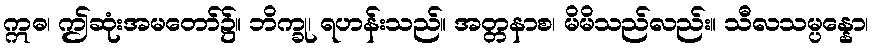
ဣဓ၊ ဤဆုံးအမတော်၌။ ဘိက္ခု၊ ရဟန်းသည်။ အတ္တနာစ၊ မိမိသည်လည်း။ သီလသမ္ပန္နော၊